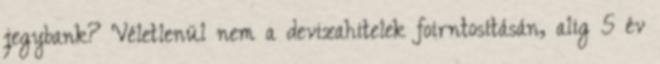
jegybank? Véletlenül nem a devizahitelek foirntosításán, alig 5 év